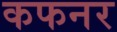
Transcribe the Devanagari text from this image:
कफनर